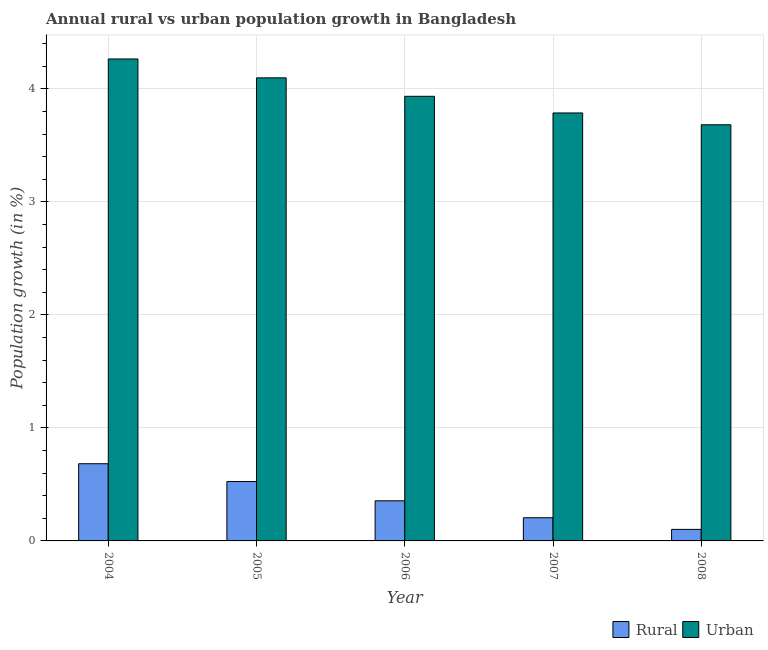
| Year | Rural | Urban  |
 | --- | --- | --- |
 | 2004 | 0.683 | 4.26 |
 | 2005 | 0.525 | 4.1 |
 | 2006 | 0.355 | 3.93 |
 | 2007 | 0.205 | 3.79 |
 | 2008 | 0.102 | 3.68 |